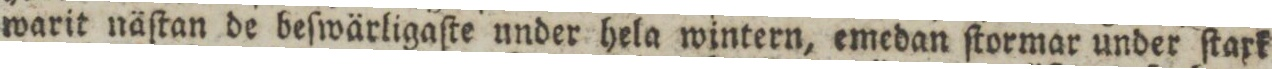
warit näſtan de beſwärligaſte under hela wintern, emedan ſtormar under ſtark